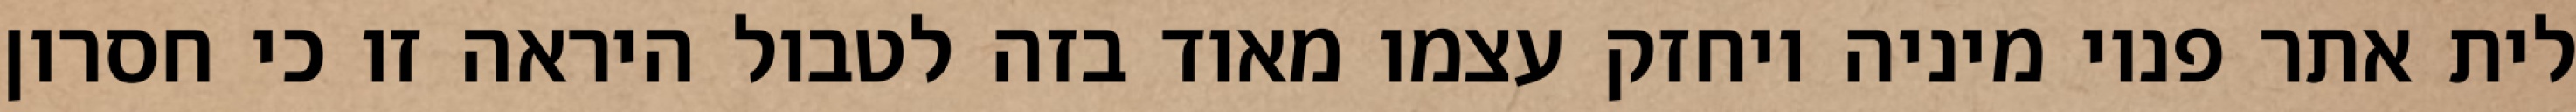
לית אתר פנוי מיניה ויחזק עצמו מאוד בזה לטבול היראה זו כי חסרון